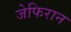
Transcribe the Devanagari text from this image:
जेफिरान